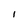
Character: I